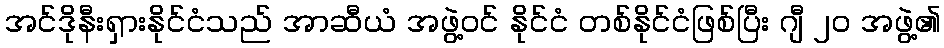
အင်ဒိုနီးရှားနိုင်ငံသည် အာဆီယံ အဖွဲ့ဝင် နိုင်ငံ တစ်နိုင်ငံဖြစ်ပြီး ဂျီ ၂၀ အဖွဲ့၏